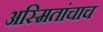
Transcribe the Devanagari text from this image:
अस्मितांचाच